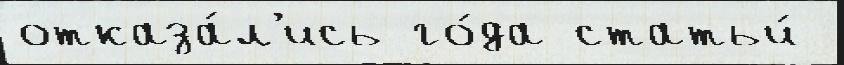
отказа́л'ись го́да статьи́